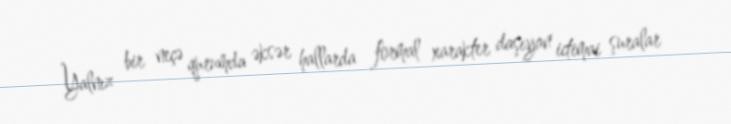
Yalnız bir neçə qurumda əksər hallarda formal xarakter daşıyan ictimai şuralar